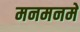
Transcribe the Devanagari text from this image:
मनमनमे